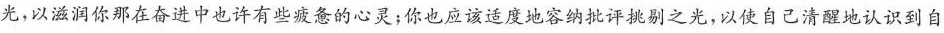
光，以滋润你那在奋进中也许有些疲惫的心灵；你也应该适度地容纳批评挑剔之光，以使自己清醒地认识到自